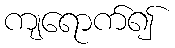
ကျရောက်၍